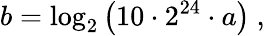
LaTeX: b=\log_{2}\left(10\cdot 2^{24}\cdot a\right)\ ,